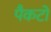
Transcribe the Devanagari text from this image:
पैकटो